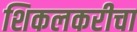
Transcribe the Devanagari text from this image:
शिकलकरीचा